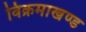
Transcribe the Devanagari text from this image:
विक्रमाखण्ड